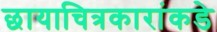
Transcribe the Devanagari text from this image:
छायाचित्रकारांकडे